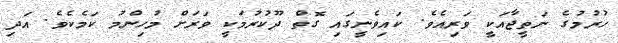
ހުރުމުގެ ނަތީޖާއަކީ ވަރިއެވެ. ކައިވެނީގައި ގޮތް ދޫކުރުމަކީ ވަރަށް މުހިންމު ކަމެކެވެ. އަދި